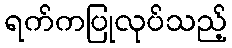
ရက်ကပြုလုပ်သည့်